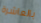
بالعاشرة